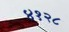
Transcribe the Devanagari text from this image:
४१२८